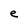
Character: e